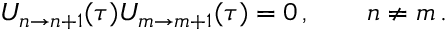
U _ { n \to n + 1 } ( \tau ) U _ { m \to m + 1 } ( \tau ) = 0 \, , \qquad n \not = m \, .